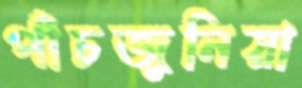
পাঁচজুনিয়া